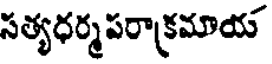
సత్యధర్మపరాక్రమాయ